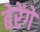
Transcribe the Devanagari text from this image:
बेरेंगे